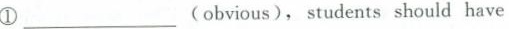
①___(obvious),students should have